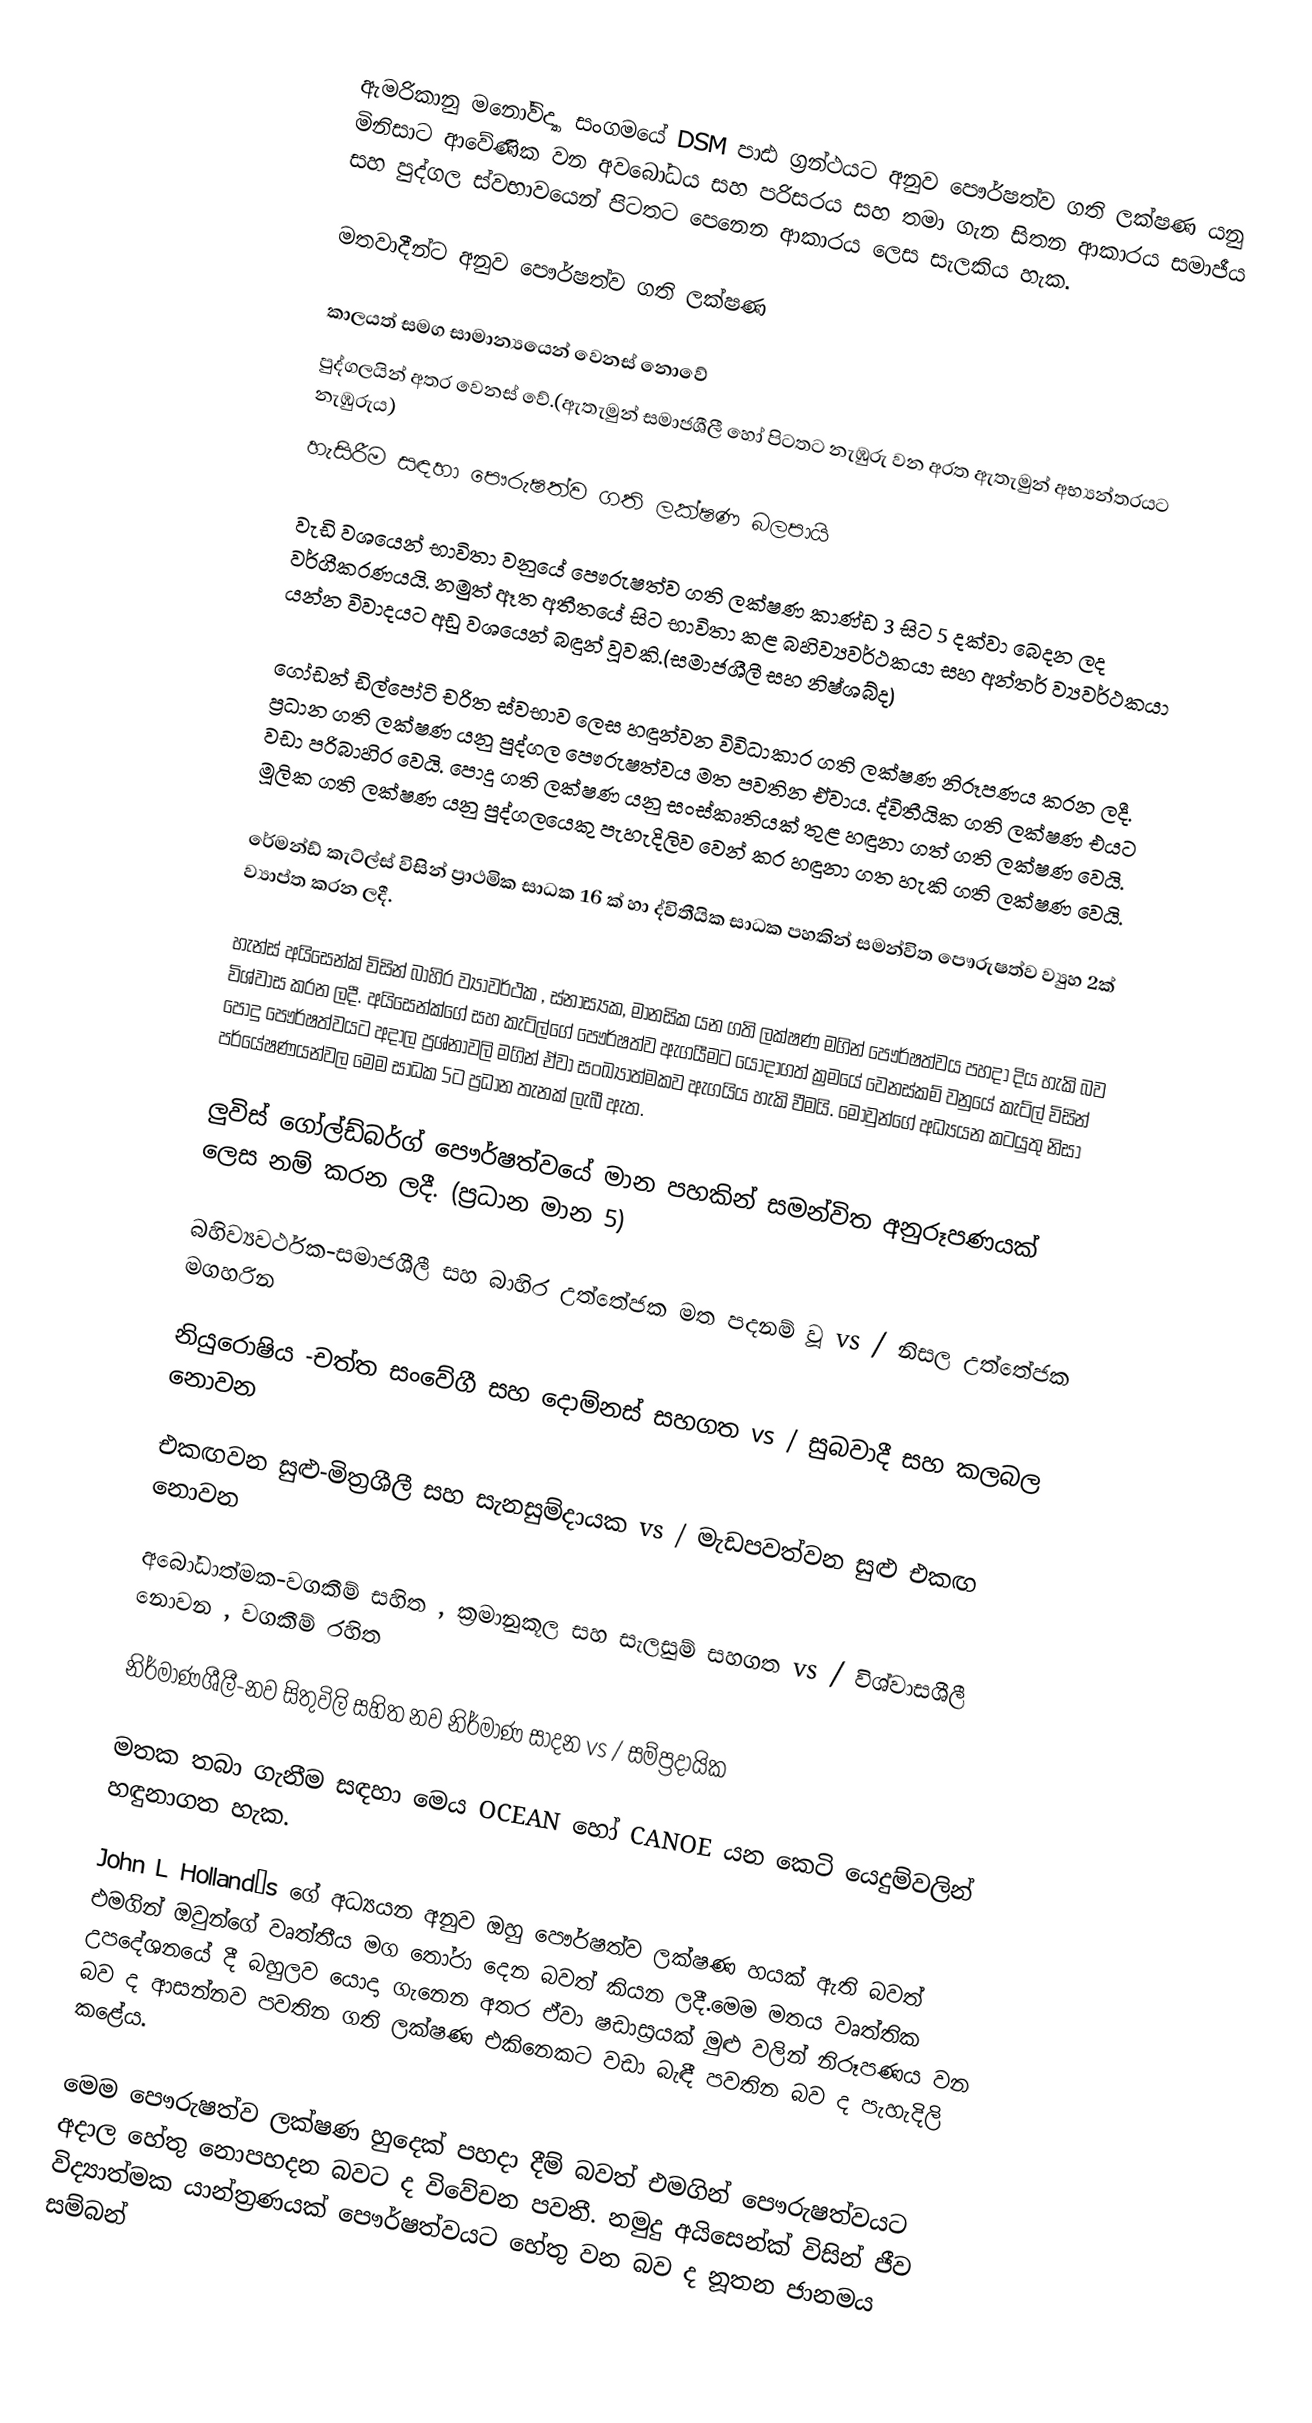
ඇමරිකානු මනෝවිද්‍යා සංගමයේ DSM පාඪ ග්‍රන්ථයට අනුව පෞර්ෂත්ව ගති ලක්ෂණ යනු මිනිසාට ආවේණික වන අවබෝධය සහ පරිසරය සහ තමා ගැන සිතන ආකාරය සමාජීය සහ පුද්ගල ස්වභාවයෙන් පිටතට ‍පෙනෙන ආකාරය ලෙස සැලකිය හැක.

මතවාදීන්ට අනුව පෞර්ෂත්ව ගති ලක්ෂණ

කාලයත් සමග සාමාන්‍යයෙන් වෙනස් නොවේ
පුද්ගලයින් අතර වෙනස් වේ.(ඇතැමුන් සමාජශීලී‍ හෝ පිටතට නැඹුරු වන අරත ඇතැමුන් අභ්‍යන්තරයට නැඹුරුය)
හැසිරීම සඳහා පෞරුෂත්ව ගති ලක්ෂණ බලපායි

වැඩි වශයෙන් භාවිතා වනුයේ පෞරුෂත්ව ගති ලක්ෂණ කාණ්ඩ 3 සිට 5 දක්වා බෙදන ලද වර්ගීකරණයයි. නමුත් ඈත අතීතයේ සිට භාවිතා කළ බහිව්‍යවර්ථකයා සහ අන්තර් ව්‍යවර්ථකයා යන්න විවාදයට අඩු වශයෙන් බඳුන් වූවකි.(සමාජශීලී සහ නිෂ්ශබ්ද)

ගෝඩන් ඩිල්පෝටි චරිත ස්වභාව ලෙස හඳුන්වන විවිධාකාර ගති ලක්ෂණ නිරූපණය කරන ලදී. ප්‍රධාන ගති ලක්ෂණ යනු පුද්ගල පෞරුෂත්වය මත පවතින ඒවාය. ද්විතීයික ගති ලක්ෂණ එයට වඩා පරිබාහිර වෙයි. පොදු ගති ලක්ෂණ යනු සංස්කෘතියක් තුළ හඳුනා ගත් ගති ලක්ෂණ‍ වෙයි. මූලික ගති ලක්ෂණ යනු පුද්ගලයෙකු පැහැදිලිව වෙන් කර හඳුනා ගත හැකි ගති ලක්ෂණ වෙයි.

රේමන්ඩ් කැට්ල්ස් විසින් ප්‍ර‍ාථමික සාධක 16 ක් හා ද්විතීයික සාධක පහකින් සමන්විත පෞරුෂත්ව ව්‍යුහ 2ක් ව්‍යාප්ත කරන ලදී.

හැන්ස් අයිසෙන්ක් විසින් බාහිර ව්‍යාවර්ථක , ස්නාස්‍යක, මානසික යන ගති ලක්ෂණ මගින් පෞර්ෂත්වය පහදා දිය හැකි බව විශ්වාස කරන ලදී. අයිසෙන්ක්ගේ සහ කැට්ල්ගේ පෞර්ෂත්ව ඇගයීමට යොදාගත් ක්‍රමයේ වෙනස්කම් වනුයේ කැට්ල් විසින් පොදු පෞර්ෂත්වයට අදාල ප්‍රශ්නාවලි මගින් ඒවා සංඛ්‍යාත්මකව ඇගයිය හැකි වීමයි. මොවුන්ගේ අධ්‍යයන කටයුතු නිසා පර්යේෂණයන්වල මෙම සාධක 5ට ප්‍රධාන තැනක් ලැබී ඇත.

ලුවිස් ගෝල්ඩ්බර්ග් පෞර්ෂත්වයේ මාන පහකින් සමන්විත අනුරූපණයක් ලෙස නම් කරන ලදී. (ප්‍රධාන මාන 5)

බහිව්‍යවර්ථක-සමාජශීලී සහ බාහිර උත්තේජක මත පදනම් වූ vs / නිසල උත්තේජක මගහරින

නියුරොෂිය	-චත්ත සංවේගී සහ දොම්නස් සහගත vs / සුබවාදී සහ කලබල නොවන

එකඟවන සුළු-මිත්‍රශීලී සහ සැනසුම්දායක  vs / මැඩපවත්වන සුළු එකඟ නොවන

අබෝධාත්මක-වගකීම් සහිත , ක්‍රමානුකූල සහ සැලසුම් සහගත vs / විශ්වාසශීලී නොවන , වගකීම් රහිත

නිර්මාණශීලී-නව සිතුවිලි සහිත නව නිර්මාණ සාදන vs / සම්ප්‍රදායික

මතක තබා ගැනීම සඳහා මෙය OCEAN හෝ CANOE යන කෙටි යෙදුම්වලින් හඳුනාගත හැක.

John L Holland’s  ගේ අධ්‍යයන අනුව ඔහු පෞර්ෂත්ව ලක්ෂණ හයක් ඇති බවත් එමගින් ඔවුන්ගේ වෘත්තීය මග තෝරා දෙන බවත් කියන ලදී.මෙම මතය වෘත්තික උපදේශනයේ දී බහුලව යොදා ගැනෙන අතර ඒවා ෂඩාස්‍රයක් මුළු වලින් නිරූපණය වන බව ද ආසන්නව පවතින ගති ලක්ෂණ එකිනෙකට වඩා බැඳී පවතින බව ද පැහැදිලි කළේය.

මෙම පෞරුෂත්ව ලක්ෂණ හුදෙක් පහදා දීම් බවත් එමගින් පෞරුෂත්වයට අදාල හේතු නොපහදන බවට ද විවේචන පවතී. නමුදු අයිසෙන්ක් විසින් ජීව විද්‍යාත්මක යාන්ත්‍රණයක් පෞර්ෂත්වයට හේතු වන බව ද නූතන ජානමය සම්බන්